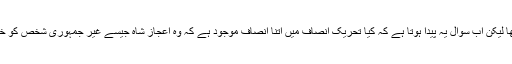
یہ ان کا ذاتی فعل تھا لیکن اب سوال یہ پیدا ہوتا ہے کہ کیا تحریک انصاف میں اتنا انصاف موجود ہے کہ وہ اعجاز شاہ جیسے غیر جمہوری شخص کو خود سے الگ کریں؟